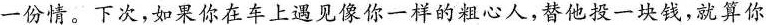
一份情。下次，如果你在车上遇见像你一样的粗心人，替他投一块钱，就算你